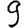
Digit: 9